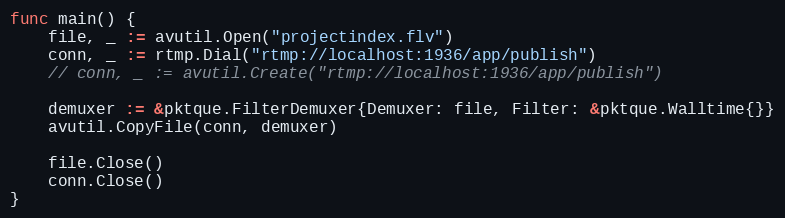
Language: Go
func main() {
	file, _ := avutil.Open("projectindex.flv")
	conn, _ := rtmp.Dial("rtmp://localhost:1936/app/publish")
	// conn, _ := avutil.Create("rtmp://localhost:1936/app/publish")

	demuxer := &pktque.FilterDemuxer{Demuxer: file, Filter: &pktque.Walltime{}}
	avutil.CopyFile(conn, demuxer)

	file.Close()
	conn.Close()
}